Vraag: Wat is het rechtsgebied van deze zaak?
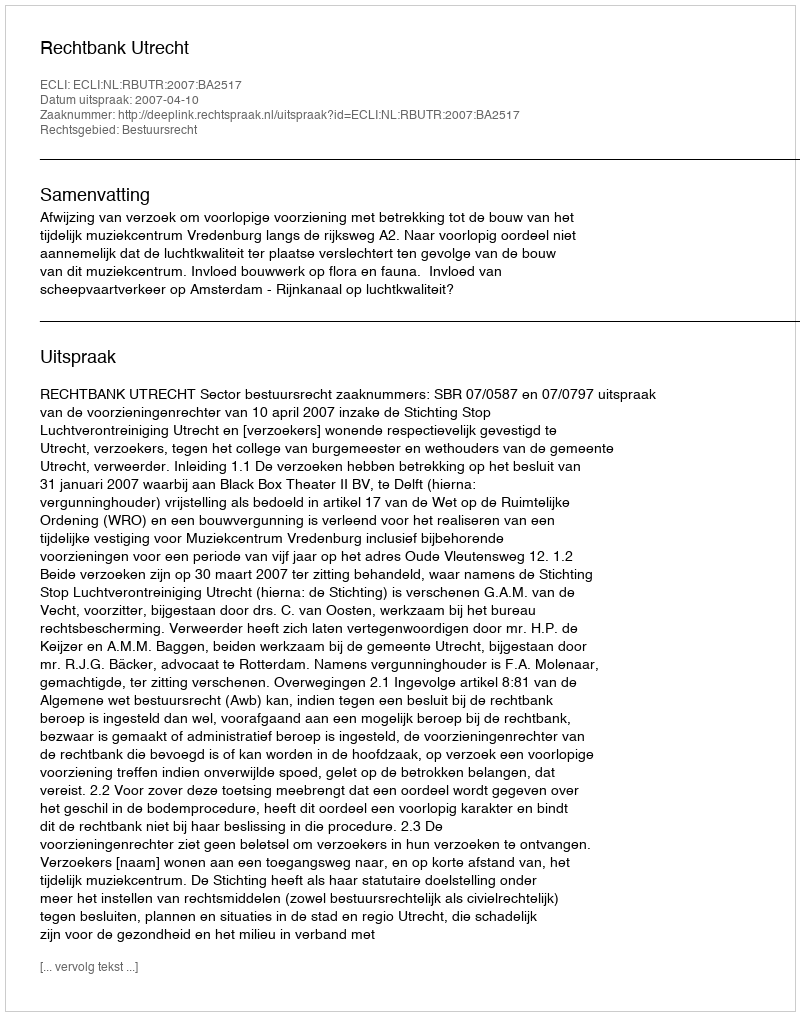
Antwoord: Bestuursrecht